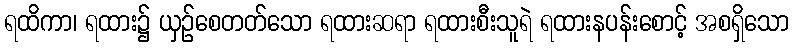
ရထိကာ၊ ရထား၌ ယှဉ်စေတတ်သော ရထားဆရာ ရထားစီးသူရဲ ရထားနပန်းစောင့် အစရှိသော